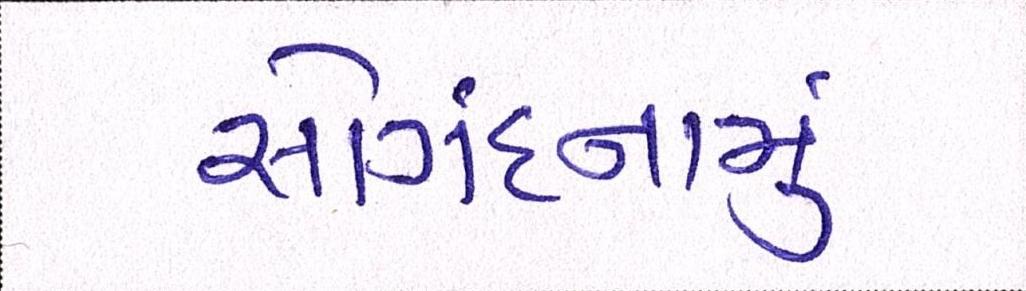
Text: સોંગદનામું